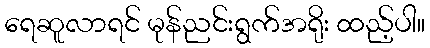
ရေဆူလာရင် မုန်ညင်းရွက်အရိုး ထည့်ပါ။